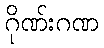
ဂိုဏ်းဂဏ